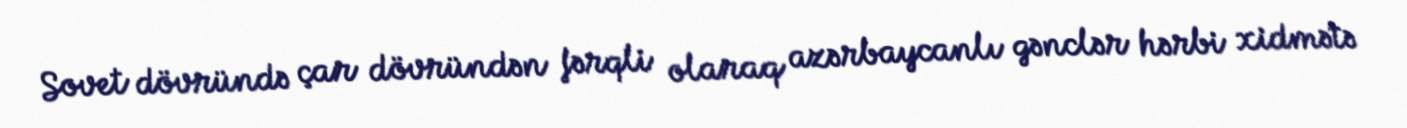
Sovet dövründə çar dövründən fərqli olaraq azərbaycanlı gənclər hərbi xidmətə